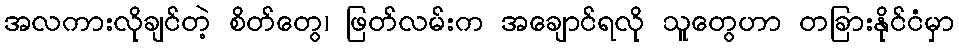
အလကားလိုချင်တဲ့ စိတ်တွေ၊ ဖြတ်လမ်းက အချောင်ရလို သူတွေဟာ တခြားနိုင်ငံမှာ